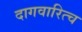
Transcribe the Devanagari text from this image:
दागवारित्च